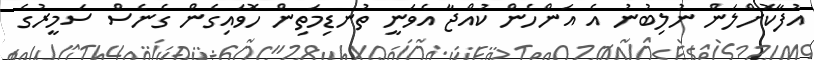
އުފާކޮށްލަން ނުލިބުނު އެ އަންހެން ކުއްޖާ އެވަނީ ތުނޑިމަތިން ހޮވައިގެން ގެނެސް ސަމީރުގެ